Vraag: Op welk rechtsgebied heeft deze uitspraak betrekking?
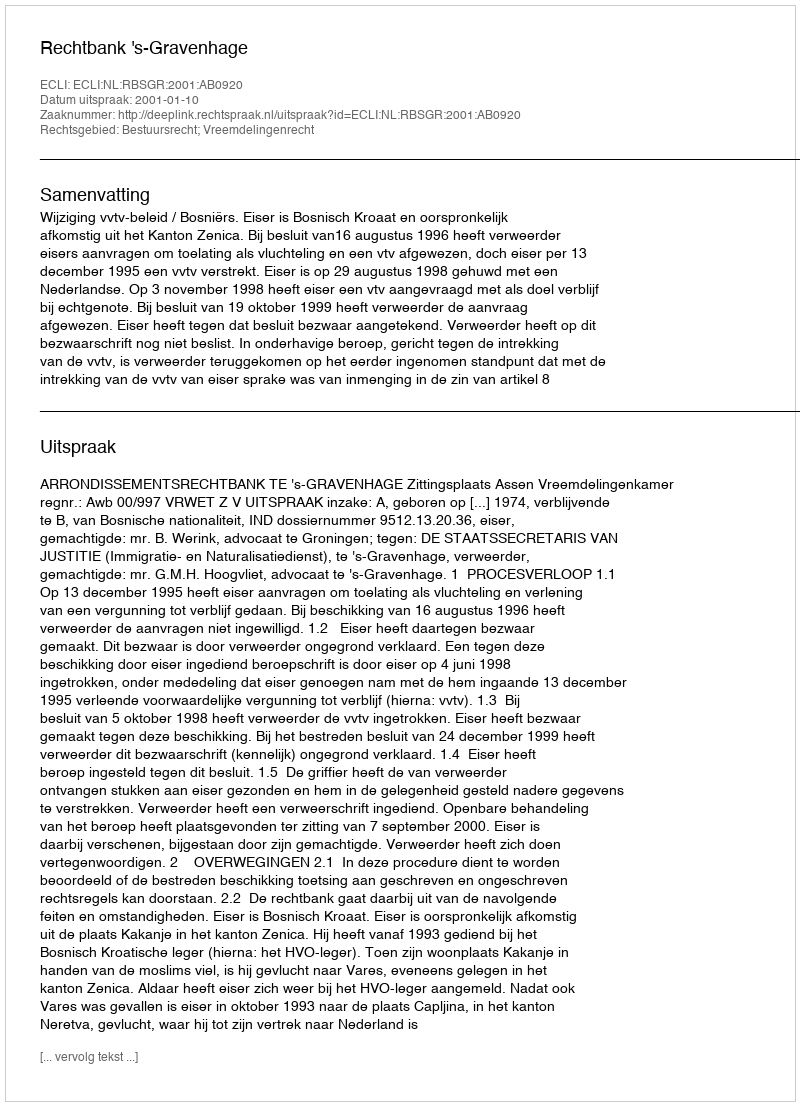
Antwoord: Bestuursrecht; Vreemdelingenrecht